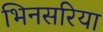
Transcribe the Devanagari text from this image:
भिनसरिया